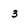
Character: 3